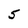
Character: 5